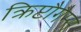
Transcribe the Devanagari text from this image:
क्रिप्टौगैम्स